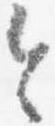
令